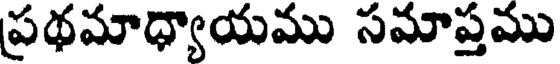
ప్రథమాధ్యాయము సమాప్తము